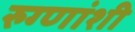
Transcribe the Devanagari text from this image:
रुग्णांशी